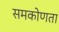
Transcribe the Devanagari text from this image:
समकोणता